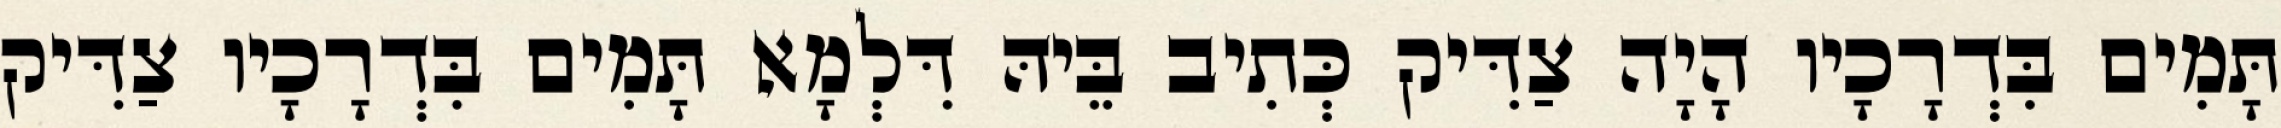
תָּמִים בִּדְרָכָיו הָיָה צַדִּיק כְּתִיב בֵּיהּ דִּלְמָא תָּמִים בִּדְרָכָיו צַדִּיק